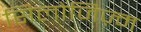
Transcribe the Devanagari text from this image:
सिलोजिज़्म